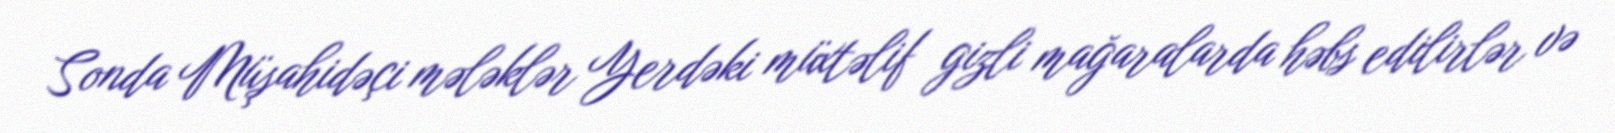
Sonda Müşahidəçi mələklər Yerdəki müxtəlif gizli mağaralarda həbs edilirlər və